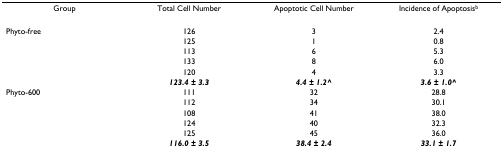
| Group | Total Cell Number | Apoptotic Cell Number | Incidence of Apoptosisb |
 | --- | --- | --- | --- |
 | Phyto-free | 126 | 3 | 2.4 |
 |  | 125 | 1 | 0.8 |
 |  | 113 | 6 | 5.3 |
 |  | 133 | 8 | 6.0 |
 |  | 120 | 4 | 3.3 |
 |  | 123.4 ± 3.3 | 4.4 ± 1.2^ | 3.6 ± 1.0^ |
 | Phyto-600 | 111 | 32 | 28.8 |
 |  | 112 | 34 | 30.1 |
 |  | 108 | 41 | 38.0 |
 |  | 124 | 40 | 32.3 |
 |  | 125 | 45 | 36.0 |
 |  | 116.0 ± 3.5 | 38.4 ± 2.4 | 33.1 ± 1.7 |